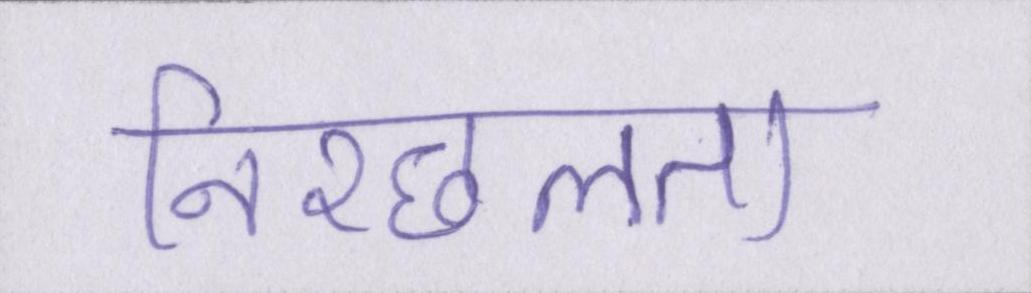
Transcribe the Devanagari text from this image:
निश्छलता